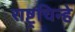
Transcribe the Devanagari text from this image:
राष्ट्रचिन्हे